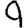
Digit: 9